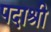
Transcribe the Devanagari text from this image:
पदाश्री